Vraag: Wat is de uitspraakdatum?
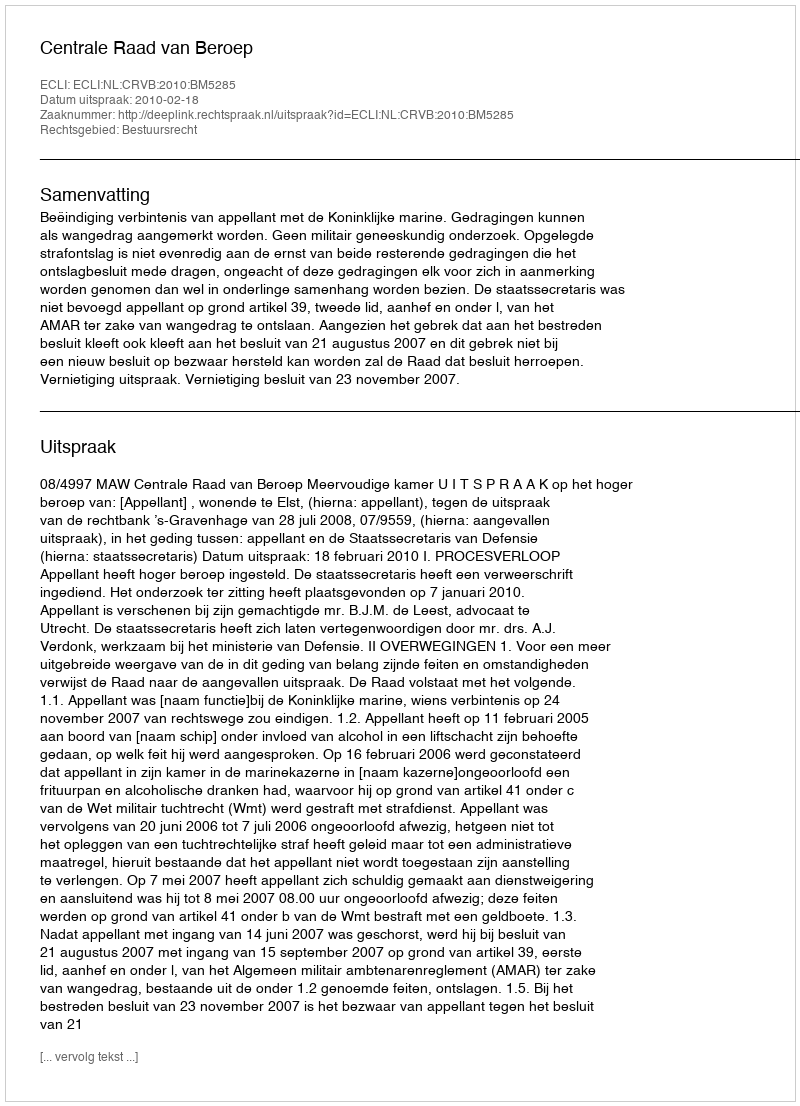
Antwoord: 2010-02-18